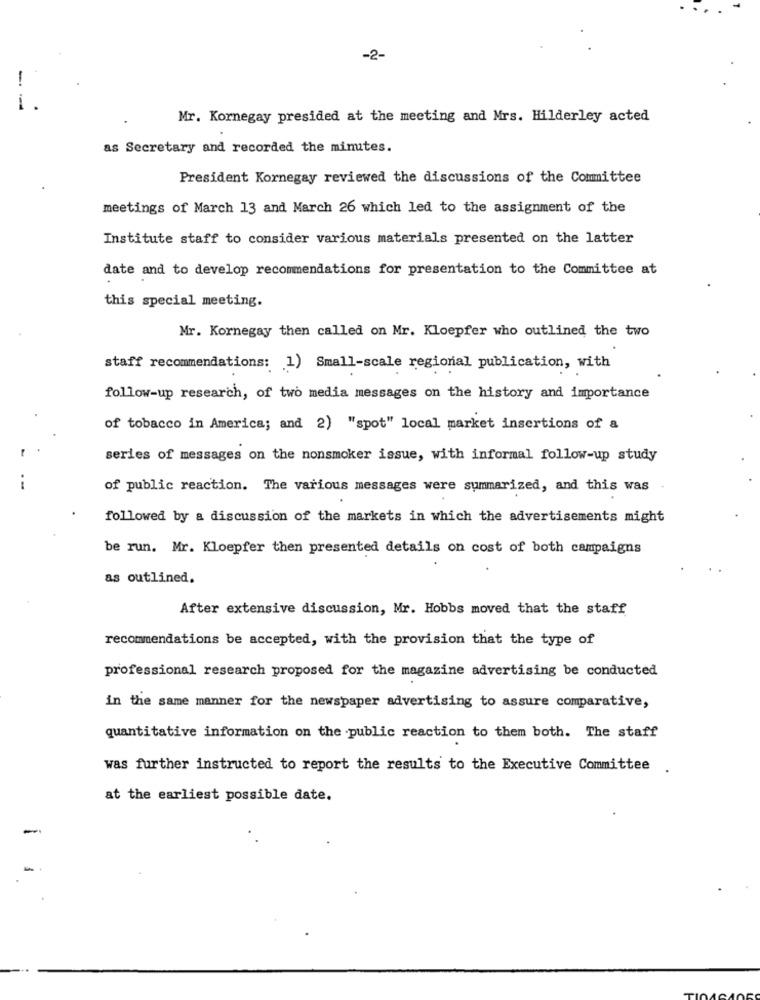
-2-
-
-
Mr. Kornegay presided at the meeting and Mrs. Hilderley acted
as Secretary and recorded the minutes.
President Kornegay reviewed the discussions of the Committee
meetings of March 13 and March 26 which led to the assignment of the
Institute staff to consider various materials presented on the latter
date and to develop recommendations for presentation to the Committee at
this special meeting.
Mr. Kornegay then called on Mr. Kloepfer who outlined the two
staff recommendations: 1) Small-scale regional publication, with
follow-up research, of two media messages on the history and importance
of tobacco in America; and 2) "spot" local market insertions of a
series of messages on the nonsmoker issue, with informal follow-up study
--
of public reaction. The various messages were summarized, and this was
followed by a discussion of the markets in which the advertisements might
be run. Mr. Kloepfer then presented details on cost of both campaigns
as outlined.
After extensive discussion, Mr. Hobbs moved that the staff
recommendations be accepted, with the provision that the type of
professional research proposed for the magazine advertising be conducted
in the same manner for the newspaper advertising to assure comparative,
quantitative information on the public reaction to them both. The staff
was further instructed to report the results to the Executive Committee .
at the earliest possible date.
-